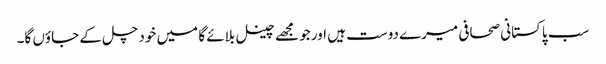
سب پاکستانی صحافی میرے دوست ہیں اور جو مجھے چینل بلائے گا میں خود چل کے جاؤں گا۔